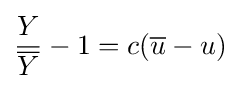
{\frac {Y}{\overline {Y}}}-1=c({\overline {u}}-u)